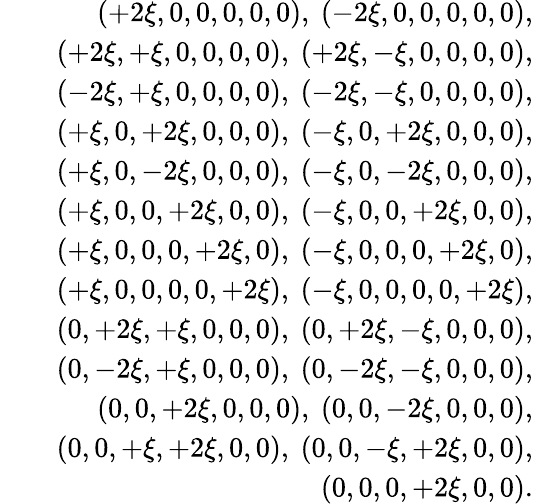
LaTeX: \begin{array}{rlr}&{}&{(+2\xi,0,0,0,0,0),\ (-2\xi,0,0,0,0,0),}\\ &{}&{(+2\xi,+\xi,0,0,0,0),\ (+2\xi,-\xi,0,0,0,0),}\\ &{}&{(-2\xi,+\xi,0,0,0,0),\ (-2\xi,-\xi,0,0,0,0),}\\ &{}&{(+\xi,0,+2\xi,0,0,0),\ (-\xi,0,+2\xi,0,0,0),}\\ &{}&{(+\xi,0,-2\xi,0,0,0),\ (-\xi,0,-2\xi,0,0,0),}\\ &{}&{(+\xi,0,0,+2\xi,0,0),\ (-\xi,0,0,+2\xi,0,0),}\\ &{}&{(+\xi,0,0,0,+2\xi,0),\ (-\xi,0,0,0,+2\xi,0),}\\ &{}&{(+\xi,0,0,0,0,+2\xi),\ (-\xi,0,0,0,0,+2\xi),}\\ &{}&{(0,+2\xi,+\xi,0,0,0),\ (0,+2\xi,-\xi,0,0,0),}\\ &{}&{(0,-2\xi,+\xi,0,0,0),\ (0,-2\xi,-\xi,0,0,0),}\\ &{}&{(0,0,+2\xi,0,0,0),\ (0,0,-2\xi,0,0,0),}\\ &{}&{(0,0,+\xi,+2\xi,0,0),\ (0,0,-\xi,+2\xi,0,0),}\\ &{}&{(0,0,0,+2\xi,0,0).}\end{array}